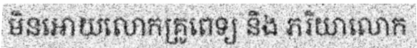
មិនអោយលោកគ្រូពេទ្យ និង ភរិយាលោក